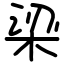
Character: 梁